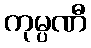
ကုမ္ပဏီ